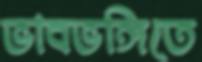
ভাবভঙ্গিতে